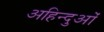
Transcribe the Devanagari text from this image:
अहिन्दुओं